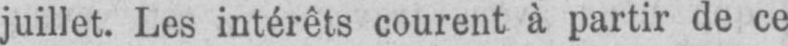
juillet. Les intérêts courent à partir de ce